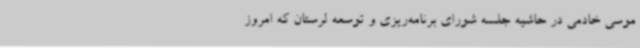
موسی خادمی در حاشیه جلسه شورای برنامه‌ریزی و توسعه لرستان که امروز